Annual report of the Imperial Bacteriologist
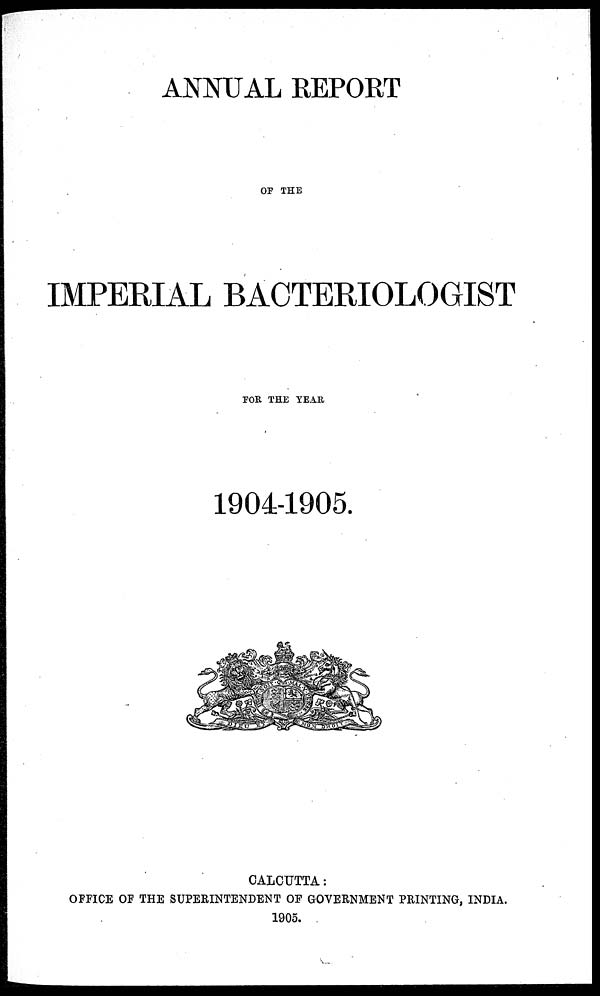
ANNUAL REPORT
OF THE
IMPERIAL BACTERIOLOGIST
FOR THE YEAR
1904-1905.
CALCUTTA:
OFFICE OF THE SUPERINTENDENT OF GOVERNMENT PRINTING, INDIA.
1905.